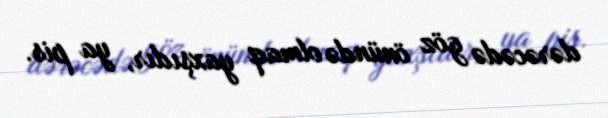
dərəcədə göz önündə olmaq yaxşıdır, ya pis.